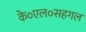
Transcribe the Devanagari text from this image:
के०एल०सहगल